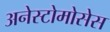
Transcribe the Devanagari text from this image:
अनेस्टोमोसेस